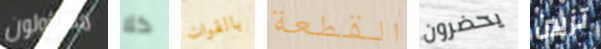
مسؤولون كلا بالقوات القطعة يحضرون تزيين